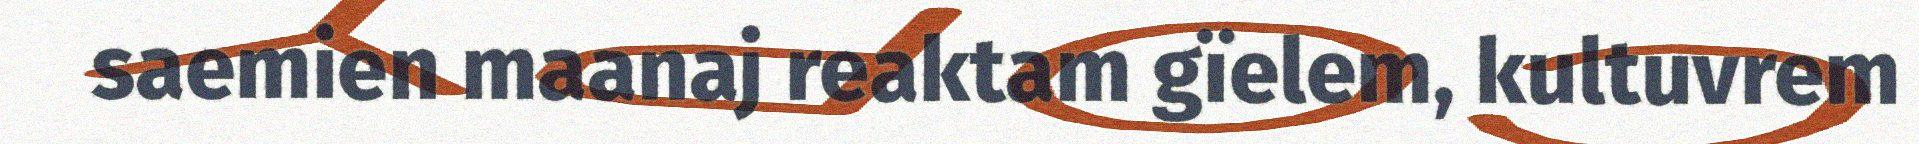
saemien maanaj reaktam gïelem, kultuvrem